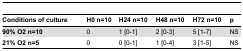
<table><thead><tr><td><b>Conditions of culture</b></td><td><b>H0 n=10</b></td><td><b>H24 n=10</b></td><td><b>H48 n=10</b></td><td><b>H72 n=10</b></td><td><b>p</b></td></tr></thead><tbody><tr><td><b>90% O2 n=10</b></td><td>0</td><td>1 [0-1]</td><td>2 [0-3]</td><td>5 [1-7]</td><td>NS</td></tr><tr><td><b>21% O2 n=5</b></td><td>0</td><td>0 [0-1]</td><td>1 [0-4]</td><td>3 [1-5]</td><td>NS</td></tr></tbody></table>